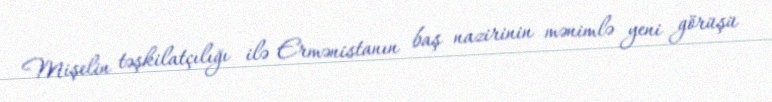
Mişelin təşkilatçılığı ilə Ermənistanın baş nazirinin mənimlə yeni görüşü